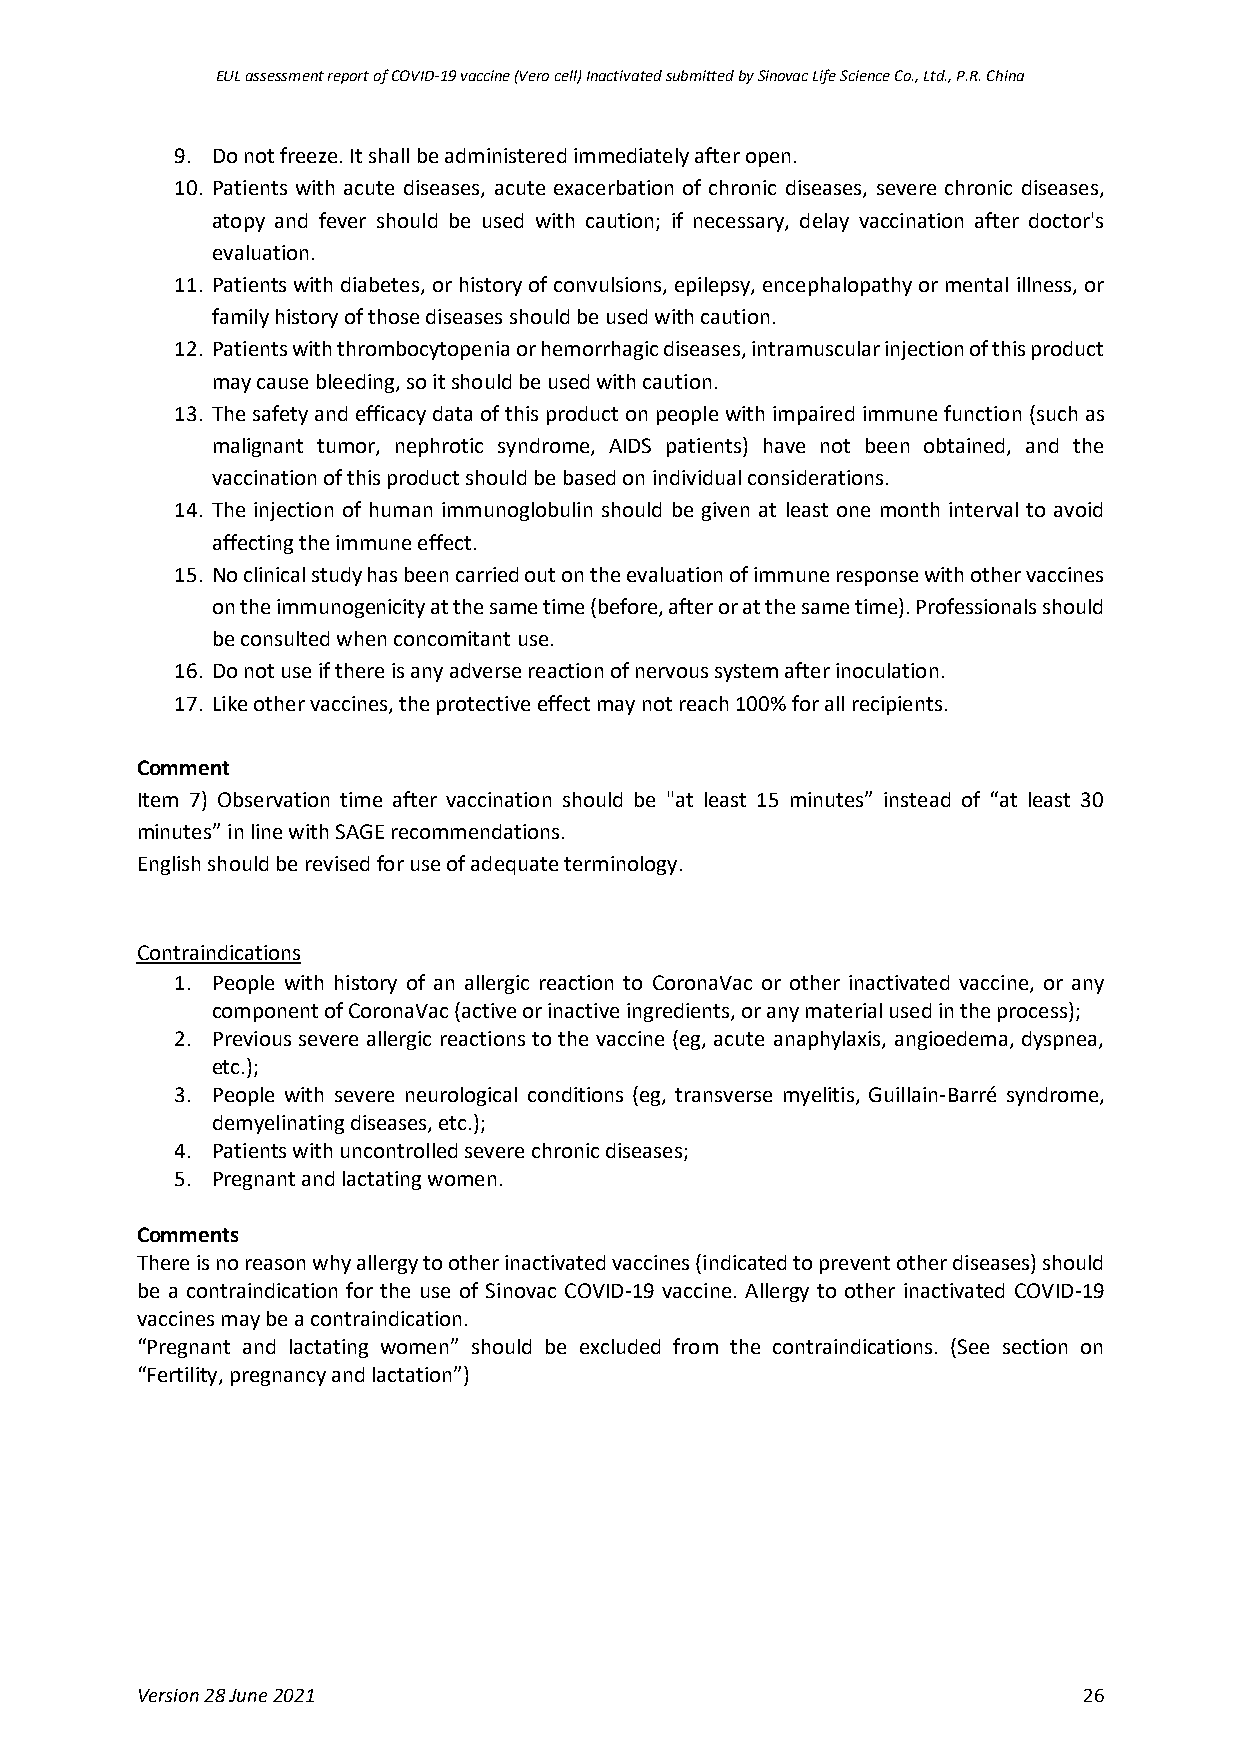
EUL assessment report of COVID-19 vaccine (Vero cell) Inactivated submitted by Sinovac Life Science Co., Ltd., P.R. China
 9. Do not freeze. It shall be administered immediately after open.
 10. Patients with acute diseases, acute exacerbation of chronic diseases, severe chronic diseases,
 atopy and fever should be used with caution; if necessary, delay vaccination after doctor's
 evaluation.
 11. Patients with diabetes, or history of convulsions, epilepsy, encephalopathy or mental illness, or
 family history of those diseases should be used with caution.
 12. Patients with thrombocytopenia or hemorrhagic diseases, intramuscular injection of this product
 may cause bleeding, so it should be used with caution.
 13. The safety and efficacy data of this product on people with impaired immune function (such as
 malignant tumor, nephrotic syndrome, AIDS patients) have not been obtained, and the
 vaccination of this product should be based on individual considerations.
 14. The injection of human immunoglobulin should be given at least one month interval to avoid
 affecting the immune effect.
 15. No clinical study has been carried out on the evaluation of immune response with other vaccines
 on the immunogenicity at the same time (before, after or at the same time). Professionals should
 be consulted when concomitant use.
 16. Do not use if there is any adverse reaction of nervous system after inoculation.
 17. Like other vaccines, the protective effect may not reach 100% for all recipients.
 Comment
 Item 7) Observation time after vaccination should be "at least 15 minutes” instead of “at least 30
 minutes” in line with SAGE recommendations.
 English should be revised for use of adequate terminology.
 Contraindications
 1. People with history of an allergic reaction to CoronaVac or other inactivated vaccine, or any
 component of CoronaVac (active or inactive ingredients, or any material used in the process);
 2. Previous severe allergic reactions to the vaccine (eg, acute anaphylaxis, angioedema, dyspnea,
 etc.);
 3. People with severe neurological conditions (eg, transverse myelitis, Guillain-Barré syndrome,
 demyelinating diseases, etc.);
 4. Patients with uncontrolled severe chronic diseases;
 5. Pregnant and lactating women.
 Comments
 There is no reason why allergy to other inactivated vaccines (indicated to prevent other diseases) should
 be a contraindication for the use of Sinovac COVID-19 vaccine. Allergy to other inactivated COVID-19
 vaccines may be a contraindication.
 “Pregnant and lactating women” should be excluded from the contraindications. (See section on
 “Fertility, pregnancy and lactation”)
 Version 28 June 2021                                           26